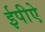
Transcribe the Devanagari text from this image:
ईपीऐ